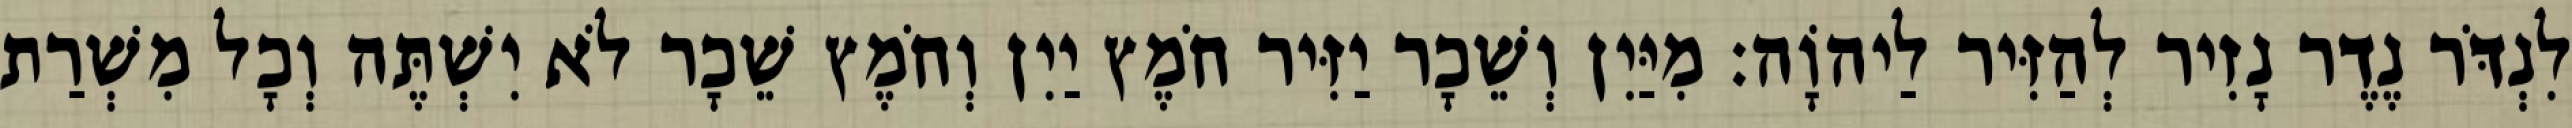
לִנְדֹּר נֶדֶר נָזִיר לְהַזִּיר לַיהוָֹה׃ מִיַּיִן וְשֵׁכָר יַזִּיר חֹמֶץ יַיִן וְחֹמֶץ שֵׁכָר לֹא יִשְׁתֶּה וְכָל מִשְׁרַת